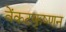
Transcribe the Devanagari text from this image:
वेंकटकृष्णन